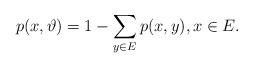
LaTeX: \begin{align*}p(x, \vartheta) = 1 - \sum_{y\in E} p(x,y), x\in E. \end{align*}